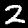
Digit: 2